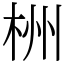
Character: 栦